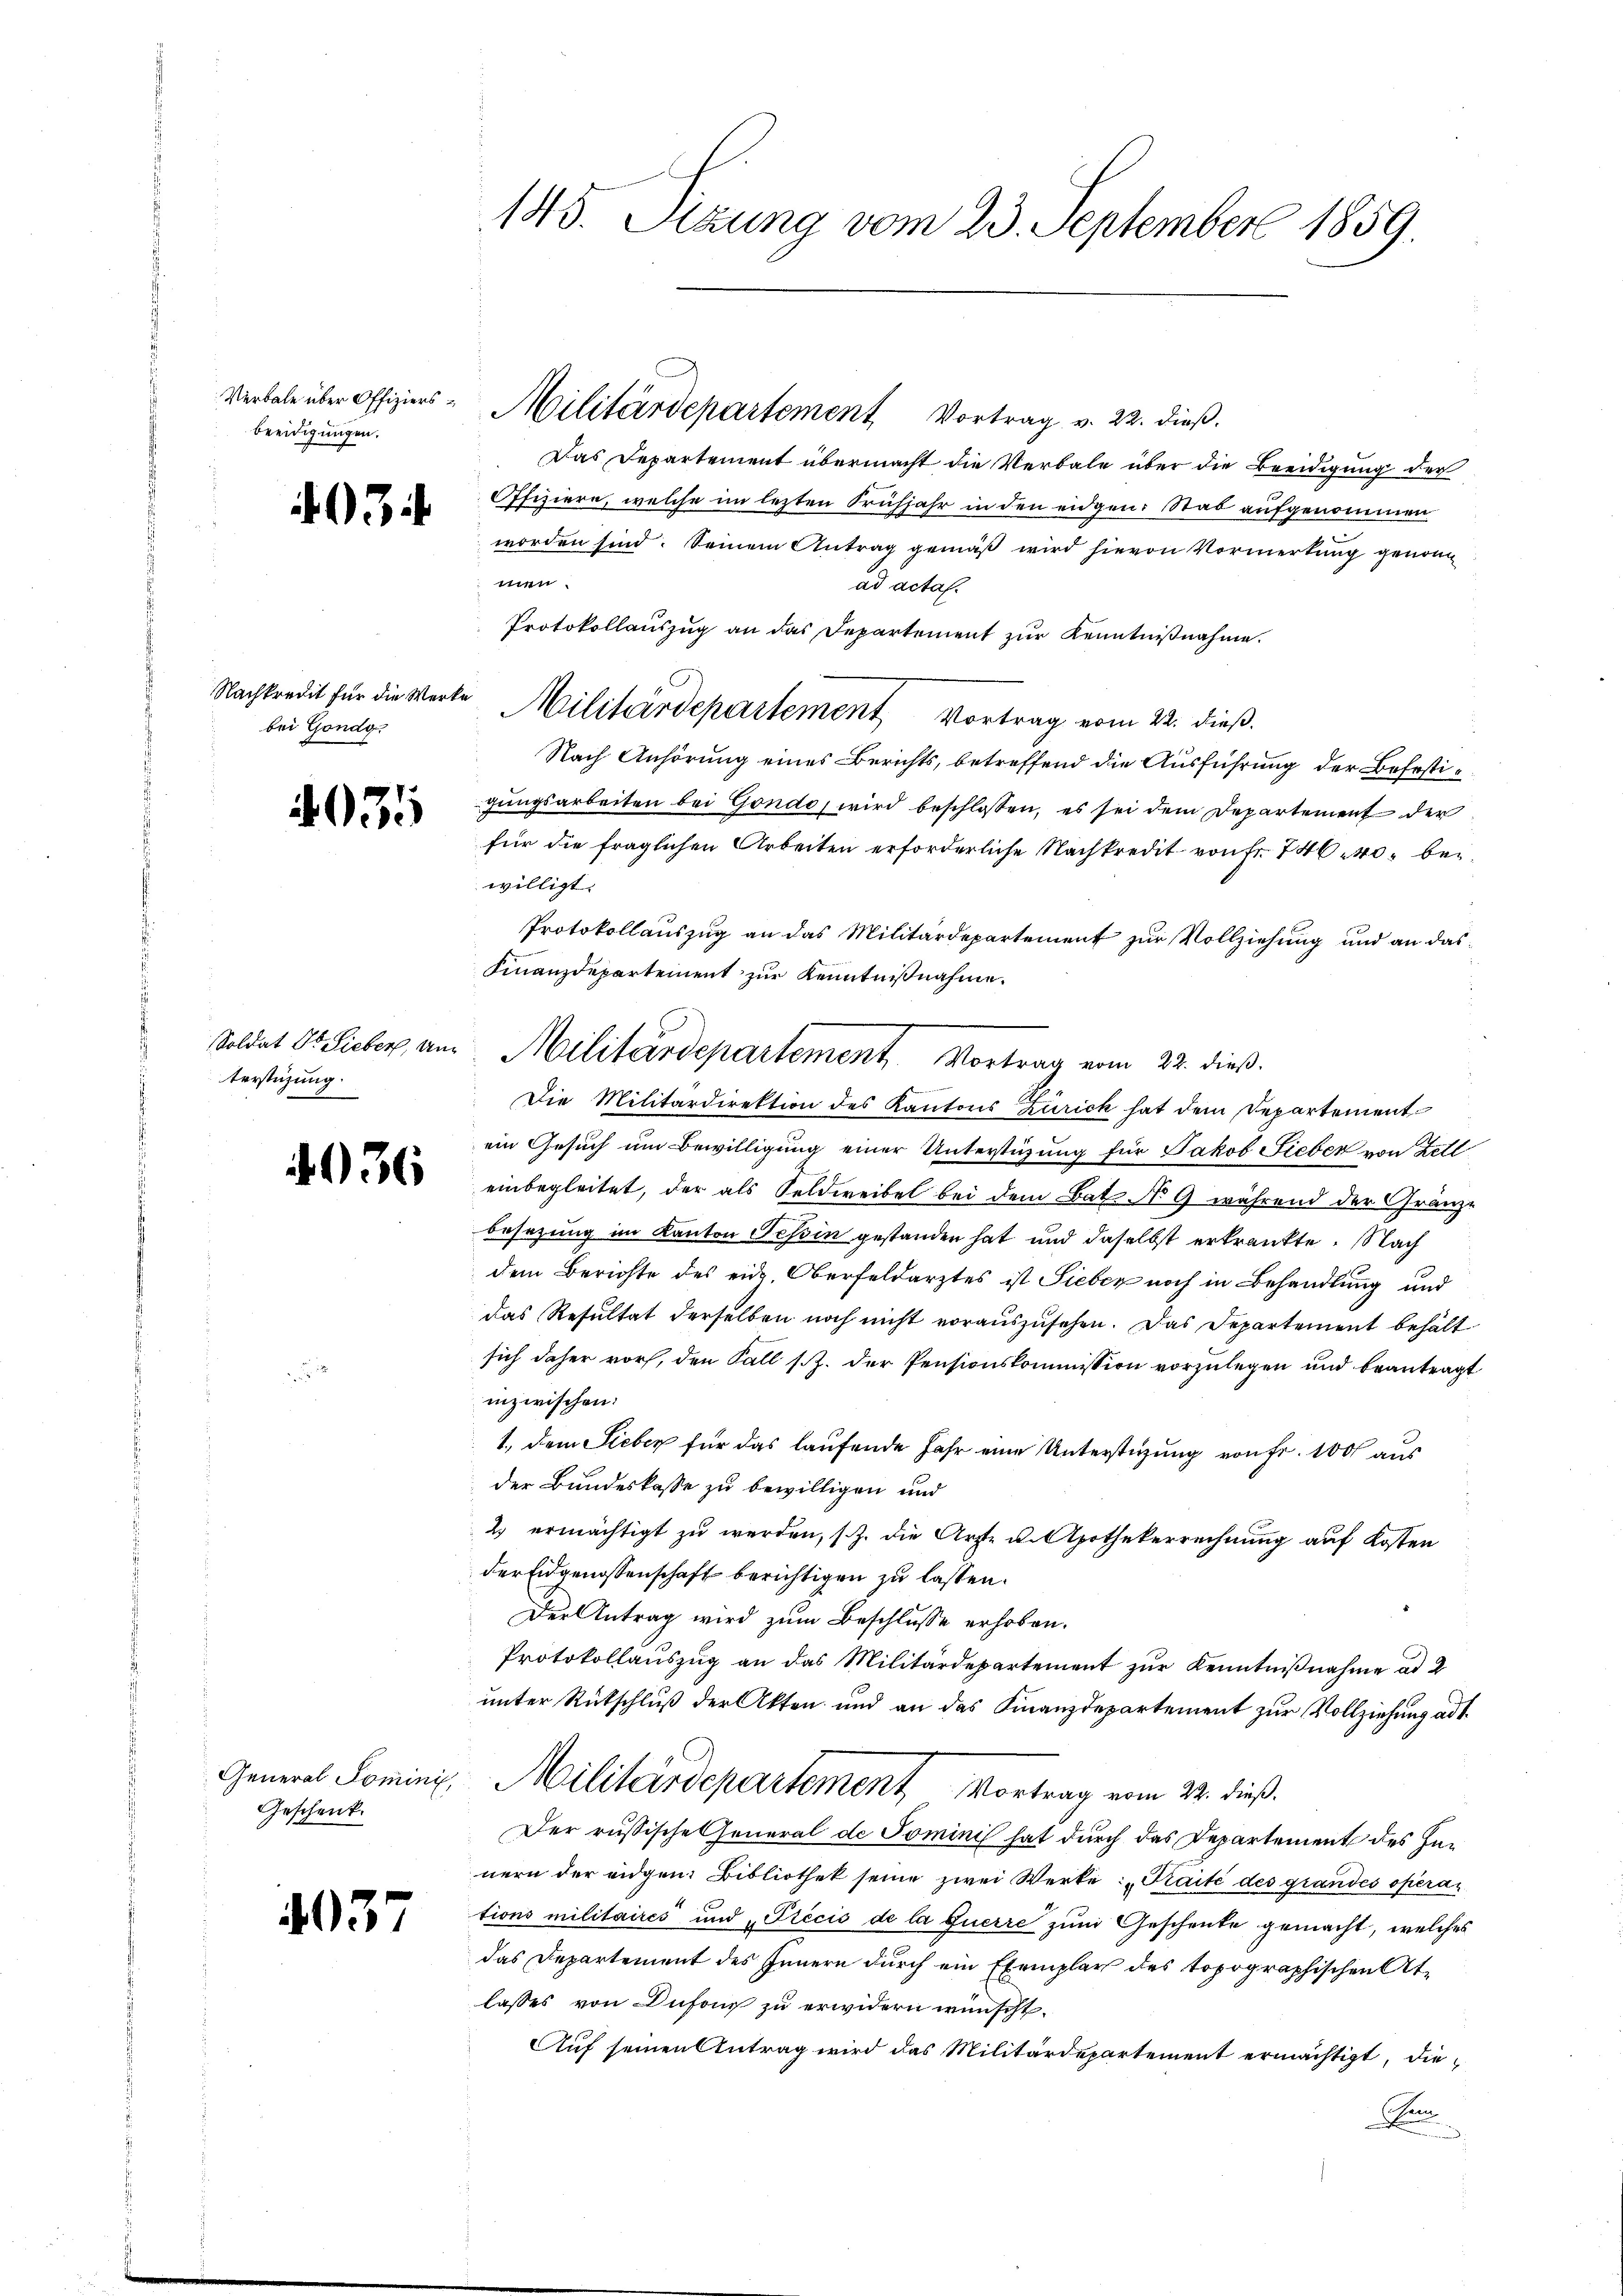
Verbale über Offiziersbeeidigungen.

403

Nachkredit für die Werke
bei Gondo.

4031

Soldat Dr. Lieber, Unterstüzung.

36

General Tomini,
Geschenk.

03

145. Sizung vom 23. September 1859.

Das Departement übermacht die Verbale über die Beeidigung der
Offiziere, welche im lezten Frühjahr in den eidgen: Stab aufgenommen
worden sind. Seinem Antrag gemäß wird hievon Vormerkung genom
ist
ad acta.
Protokollauszug an das Departement zur Kenntnißnahme.
Militärdepartement Vortrag vom 22. dieß.
Nach Anhörung eines Berichts, betreffend die Ausführung der Befestigungsarbeiten bei Gondo, wird beschlossen, es sei dem Departement der
für die fraglichen Arbeiten erforderliche Nachkredit von fr. 746. 40. beiwilligt.
Protokollauszug an das Militärdepartement zur Vollziehung und an das¬
Finanzdepartement zur Kenntnißnahme.
Die Militärdirektion des Kantons Zürich hat dem Departement
ein Gesuch um Bewilligung einer Unterstüzung für Jakob Sieber von Zell
einbegleitet, der als Feldweibel bei dem Bat. No 9 während der Granz-
besetzung im Kanton Tessin gestanden hat und daselbst erkrankte. Nach
dem Berichte des eid. Oberfeldarztes ist Sieber noch in Behandlung und
das Resultat derselben noch nicht vorauszusehen. Das Departement behält
sich daher vor, den Fall s. Z. der Pensionskommission vorzulegen und beantragt
inzwischen:
1., dem Sieber für das laufende Jahr eine Unterstüzung von Fr. 100 aus
der Bundeskasse zu bewilligen und
2 ermächtigt zu werden, s. Z. die Ärzte u. Apothekerrechnung auf Kosten
der Eidgenossenschaft berichtigen zu lassen.
Der Antrag wird zum Beschlusse erhoben.
Protokollauszug an das Militärdepartement zur Kenntnißnahme ad 2
unter Rückschluß der Akten und an das Finanzdepartement zur Vollziehung ad 1.
Militärdepartement Vortrag vom 22. dieß.
Der russische General de Tominis hat durch das Departement des Innern der eidgen. Bibliothek seine zwei Werke: „Kaité des grandes operations militaires und „Précis de la querre zum Geschenke gemacht, welches
das Departement des Innern durch ein Exemplar des topographischen Atlasses von Dufon zu erwidern wünscht.
Auf seinen Antrag wird das Militärdepartement ermächtigt, die¬
Sem

Militärdepartement Vortrag v. 22. dieß.

Militärdepartement. Vortrag vom 22. dieß.